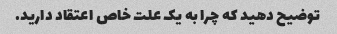
توضیح دهید که چرا به یک علت خاص اعتقاد دارید.